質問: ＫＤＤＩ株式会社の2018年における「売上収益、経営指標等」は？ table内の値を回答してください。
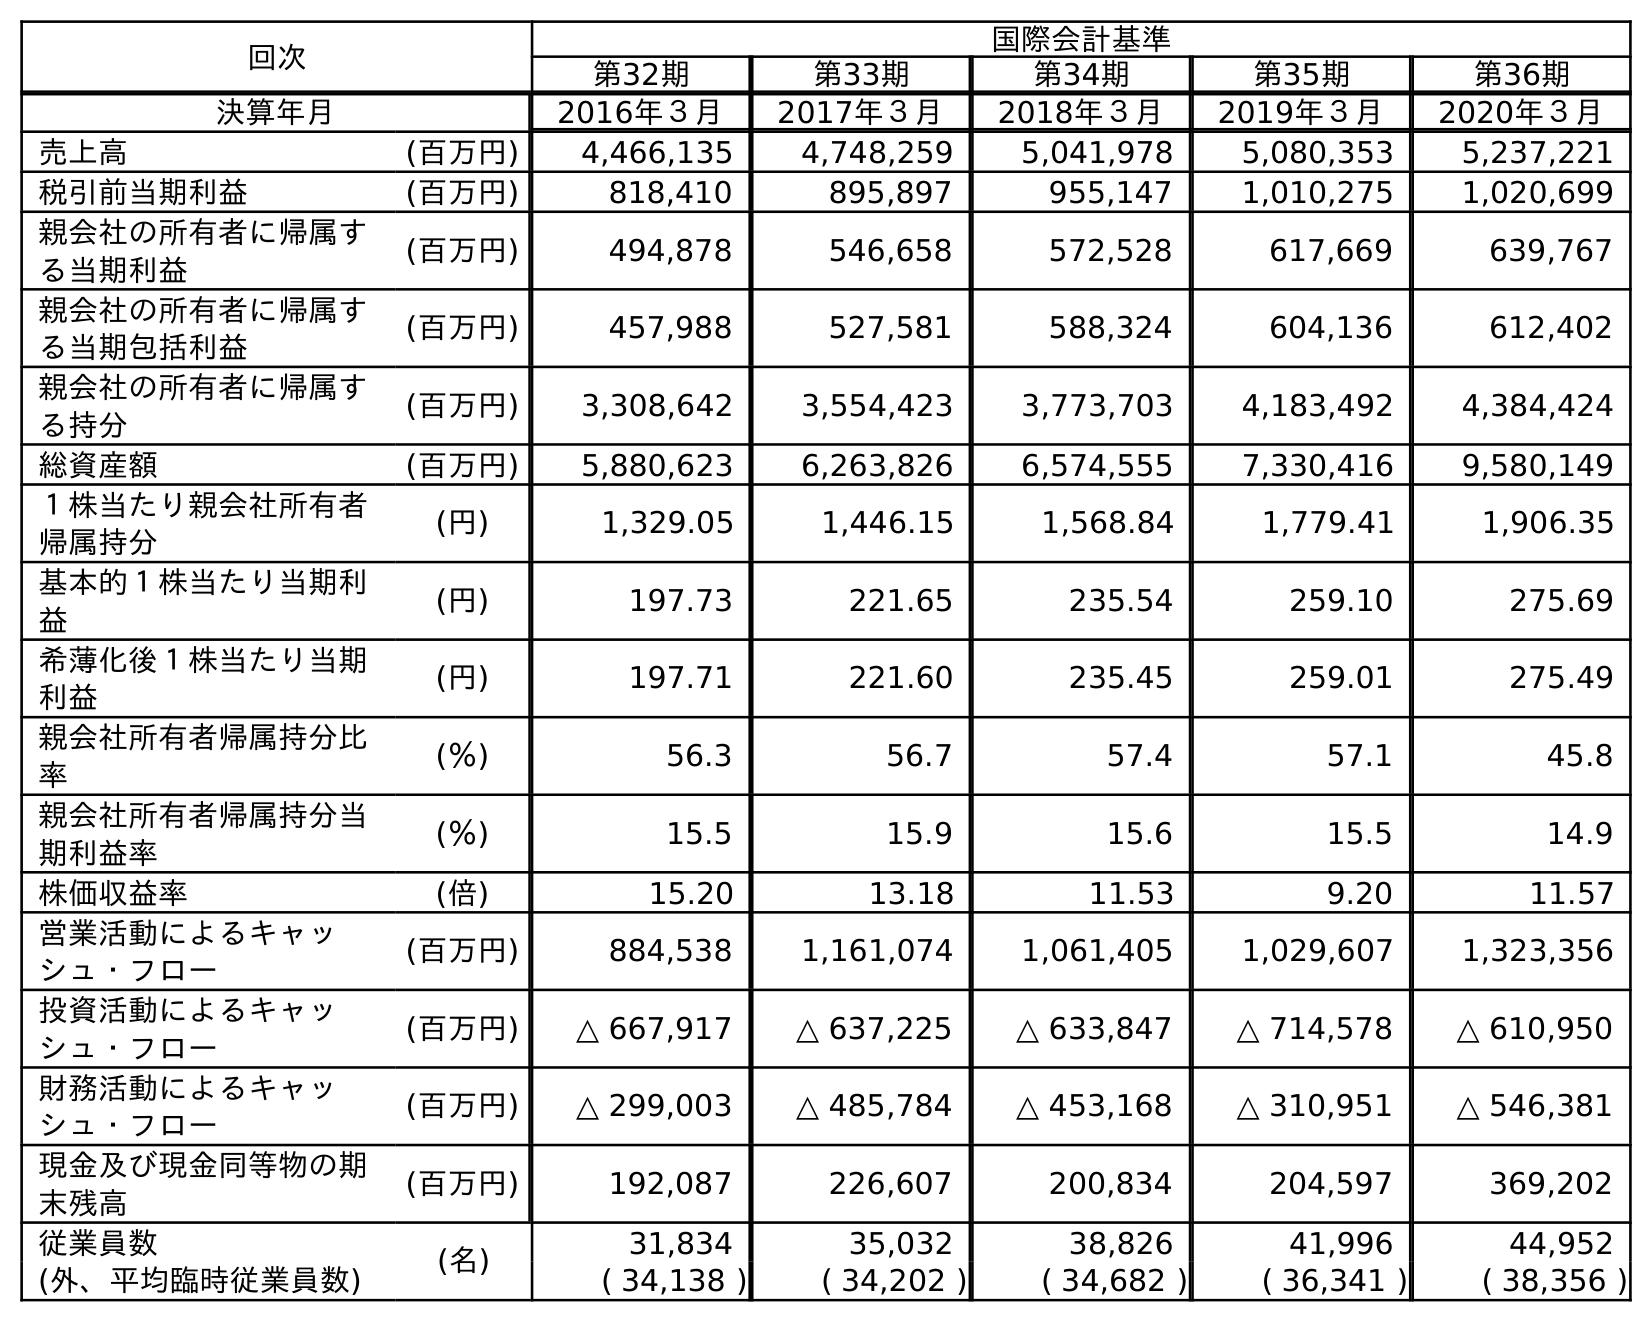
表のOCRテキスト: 回次 国際会計基準 第32期 第33期 第34期 第35期 第36期 決算年月 2016年３月 2017年３月 2018年３月 2019年３月 2020年３月 売上高 (百万円) 4,466,135 4,748,259 5,041,978 5,080,353 5,237,221 税引前当期利益 (百万円) 818,410 895,897 955,147 1,010,275 1,020,699 親会社の所有者に帰属す る当期利益 (百万円) 494,878 546,658 572,528 617,669 639,767 親会社の所有者に帰属す る当期包括利益 (百万円) 457,988 527,581 588,324 604,136 612,402 親会社の所有者に帰属す る持分 (百万円) 3,308,642 3,554,423 3,773,703 4,183,492 4,384,424 総資産額 (百万円) 5,880,623 6,263,826 6,574,555 7,330,416 9,580,149 １株当たり親会社所有者 帰属持分 (円) 1,329.05 1,446.15 1,568.84 1,779.41 1,906.35 基本的１株当たり当期利 益 (円) 197.73 221.65 235.54 259.10 275.69 希薄化後１株当たり当期 利益 (円) 197.71 221.60 235.45 259.01 275.49 親会社所有者帰属持分比 率 (％) 56.3 56.7 57.4 57.1 45.8 親会社所有者帰属持分当 期利益率 (％) 15.5 15.9 15.6 15.5 14.9 株価収益率 (倍) 15.20 13.18 11.53 9.20 11.57 営業活動によるキャッ シュ・フロー (百万円) 884,538 1,161,074 1,061,405 1,029,607 1,323,356 投資活動によるキャッ シュ・フロー (百万円) △ 667,917 △ 637,225 △ 633,847 △ 714,578 △ 610,950 財務活動によるキャッ シュ・フロー (百万円) △ 299,003 △ 485,784 △ 453,168 △ 310,951 △ 546,381 現金及び現金同等物の期 末残高 (百万円) 192,087 226,607 200,834 204,597 369,202 従業員数 (名) 31,834 35,032 38,826 41,996 44,952 (外、平均臨時従業員数) ( 34,138 ) ( 34,202 ) ( 34,682 ) ( 36,341 ) ( 38,356 )
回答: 5,041,978